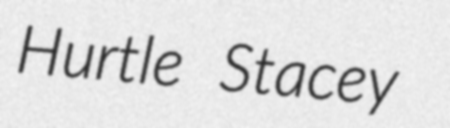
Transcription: Hurtle Stacey